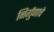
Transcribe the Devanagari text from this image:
निर्गुणाचे